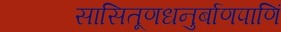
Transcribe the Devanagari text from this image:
सासितूणधनुर्बाणपाणिं